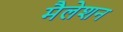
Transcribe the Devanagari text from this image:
मैलेशन